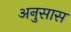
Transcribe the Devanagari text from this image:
अनुसास